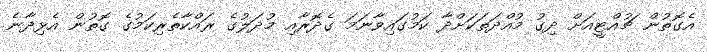
އެގޮތުން ޗުއްޓީއަށް ދިގު މުއްދަތަކަށްދާ ކަމުގައިވާނަމަ ގެދޮރާއި މުދަލުގެ ރައްކާތެރިކަމުގެ ގޮތުން އެޅިދާނެ